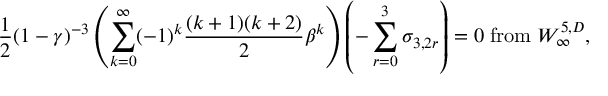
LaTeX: { \frac { 1 } { 2 } } ( 1 - \gamma ) ^ { - 3 } \left( \sum _ { k = 0 } ^ { \infty } ( - 1 ) ^ { k } { \frac { ( k + 1 ) ( k + 2 ) } { 2 } } \beta ^ { k } \right) \left( - \sum _ { r = 0 } ^ { 3 } \sigma _ { 3 , 2 r } \right) = 0 \; \mathrm { f r o m } \; W _ { \infty } ^ { 5 , D } ,